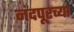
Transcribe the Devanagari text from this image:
नंदपूरच्या